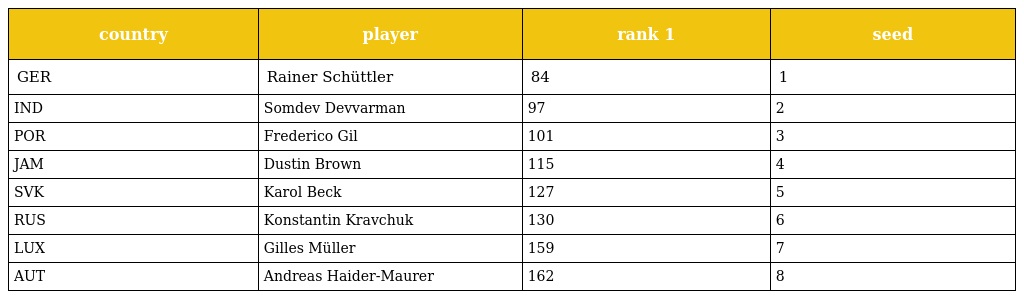
| country | player | rank 1 | seed |
 | --- | --- | --- | --- |
 | GER | Rainer Schüttler | 84 | 1 |
 | IND | Somdev Devvarman | 97 | 2 |
 | POR | Frederico Gil | 101 | 3 |
 | JAM | Dustin Brown | 115 | 4 |
 | SVK | Karol Beck | 127 | 5 |
 | RUS | Konstantin Kravchuk | 130 | 6 |
 | LUX | Gilles Müller | 159 | 7 |
 | AUT | Andreas Haider-Maurer | 162 | 8 |